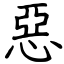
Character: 惡